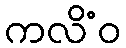
ကလိံဝ